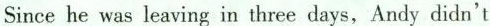
Since he was leaving in three days,Andy didn't